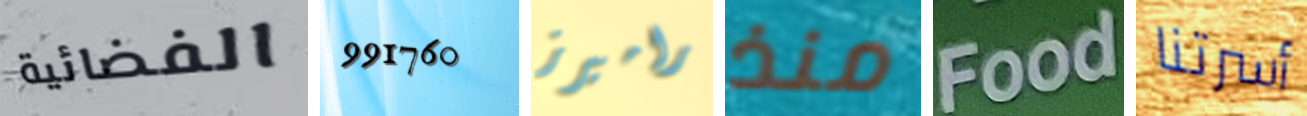
الفضائية 991760 راميرز منذ Food أسرتنا